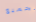
الجميع